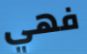
فهي